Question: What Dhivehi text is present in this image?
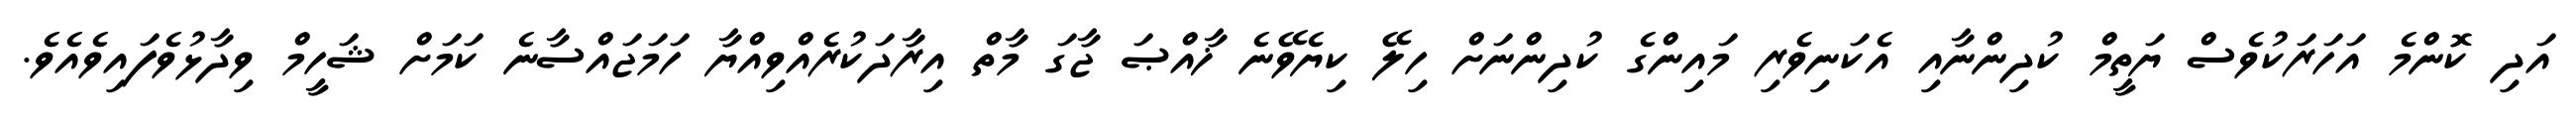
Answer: އަދި ކޮންމެ އަހަރަކުވެސް ޔަތީމް ކުދިންނާއި އެކަނިވެރި މައިންގެ ކުދިންނަށް ހިލޭ ކިޔެވޭނެ ޚާއްޞަ ޖާގަ މާތް އިރާދަކުރެއްވިއްޔާ ހަމަޖައްސާނެ ކަމަށް ޝަހީމް ވިދާޅުވެފައިވެއެވެ.